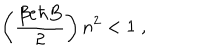
\left( \frac { \beta e \hbar B } { 2 } \right) n ^ { 2 } < 1 \; ,